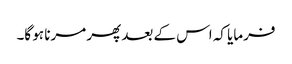
فرمایا کہ اس کے بعد پھر مرنا ہو گا۔